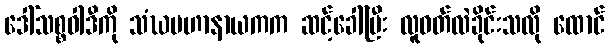
ဒေါ်သစ္စဝါဒီကို သံဃမဟာနာယကက ဆင့်ခေါ်ပြီး လူဝတ်လဲခိုင်းသလို ထောင်